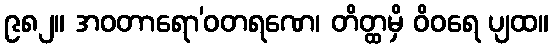
၉၈၂။ အဝတာရော’ဝတရဏေ၊ တိတ္ထမှိ ဝိဝရေ ပျထ။